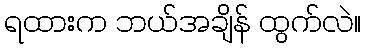
ရထားက ဘယ်အချိန် ထွက်လဲ။